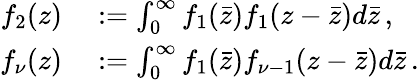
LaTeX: \begin{array}{rl}{f_{2}(z)}&{{}:=\int_{0}^{\infty}f_{1}(\bar{z})f_{1}(z-\bar{z})d\bar{z}\, ,}\\ {f_{\nu}(z)}&{{}:=\int_{0}^{\infty}f_{1}(\bar{z})f_{\nu-1}(z-\bar{z})d\bar{z}\, .}\end{array}